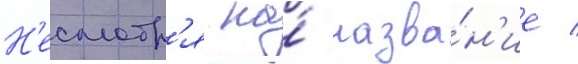
Н'есмотр'я на́ назва́н'ие /